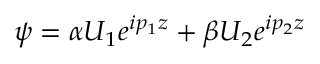
\psi = \alpha U _ { 1 } e ^ { i p _ { 1 } z } + \beta U _ { 2 } e ^ { i p _ { 2 } z }